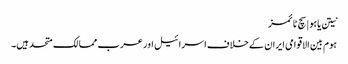
نیتن یاہو | سچ ٹائمز
ہوم بین الاقوامی ایران کے خلاف اسرائیل اور عرب ممالک متحد ہیں۔